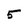
Character: 5